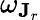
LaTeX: \omega_{\mathbf{J}_{r}}